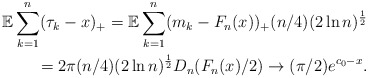
\begin{align*}\mathbb{E}\sum_{k=1}^n(\tau_k-x)_+=\mathbb{E}\sum_{k=1}^n(m_k-F_n(x))_+(n/4)(2\ln n)^{\frac{1}{2}}\\=2\pi(n/4)(2\ln n)^{\frac{1}{2}} D_n(F_n(x)/2)\to(\pi/2)e^{c_0-x}.\end{align*}